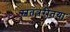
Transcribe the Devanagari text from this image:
स्वतंत्ररीतया